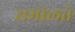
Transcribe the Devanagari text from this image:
सभांलते